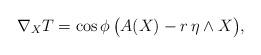
LaTeX: \begin{align*}\nabla_X T=\cos \phi\,\big(A(X)-r\, \eta\wedge X\big),\end{align*}